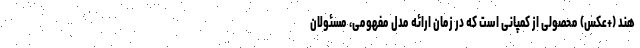
هند (+عکس) محصولی از کمپانی است که در زمان ارائه مدل مفهومی، مسئولان